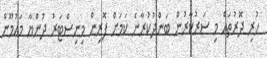
ހުރި ދޮރުތައް މި ސަރުކާރުން ބަންދުކުރާނެ ކަމަށް ފޮރިން މިނިސްޓަރު ދުންޔާ މައުމޫން